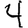
Digit: 4